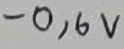
Text: -0,6V